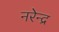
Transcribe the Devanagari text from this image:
नरेेन्द्र